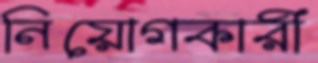
নিয়োগকারী